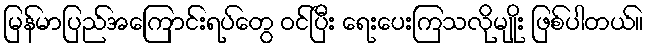
မြန်မာပြည်အကြောင်းရပ်တွေ ဝင်ပြီး ရေးပေးကြသလိုမျိုး ဖြစ်ပါတယ်။